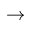
\to